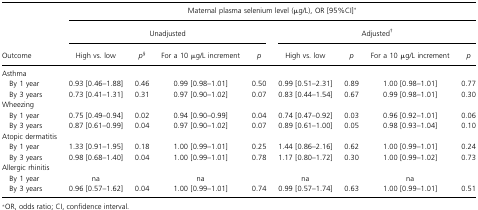
<table><thead><tr><td></td><td colspan="8"><b>Maternal plasma selenium level (μg/L), OR [95%CI]*</b></td></tr><tr><td></td><td colspan="4"><b>Unadjusted</b></td><td colspan="4"><b>Adjusted<sup>†</sup></b></td></tr><tr><td><b>Outcome</b></td><td><b>High vs. low</b></td><td><b><i>p</i><sup>§</sup></b></td><td><b>For a 10 μg/L increment</b></td><td><b><i>p</i></b></td><td><b>High vs. low</b></td><td><b><i>p</i></b></td><td><b>For a 10 μg/L increment</b></td><td><b><i>p</i></b></td></tr></thead><tbody><tr><td>Asthma</td><td></td><td></td><td></td><td></td><td></td><td></td><td></td><td></td></tr><tr><td>By 1 year</td><td>0.93 [0.46–1.88]</td><td>0.46</td><td>0.99 [0.98–1.01]</td><td>0.50</td><td>0.99 [0.51–2.31]</td><td>0.89</td><td>1.00 [0.98–1.01]</td><td>0.77</td></tr><tr><td>By 3 years</td><td>0.73 [0.41–1.31]</td><td>0.31</td><td>0.97 [0.90–1.02]</td><td>0.07</td><td>0.83 [0.44–1.54]</td><td>0.67</td><td>0.99 [0.98–1.01]</td><td>0.30</td></tr><tr><td>Wheezing</td><td></td><td></td><td></td><td></td><td></td><td></td><td></td><td></td></tr><tr><td>By 1 year</td><td>0.75 [0.49–0.94]</td><td>0.02</td><td>0.94 [0.90–0.99]</td><td>0.04</td><td>0.74 [0.47–0.92]</td><td>0.03</td><td>0.96 [0.92–1.01]</td><td>0.06</td></tr><tr><td>By 3 years</td><td>0.87 [0.61–0.99]</td><td>0.04</td><td>0.97 [0.90–1.02]</td><td>0.07</td><td>0.89 [0.61–1.00]</td><td>0.05</td><td>0.98 [0.93–1.04]</td><td>0.10</td></tr><tr><td>Atopic dermatitis</td><td></td><td></td><td></td><td></td><td></td><td></td><td></td><td></td></tr><tr><td>By 1 year</td><td>1.33 [0.91–1.95]</td><td>0.18</td><td>1.00 [0.99–1.01]</td><td>0.25</td><td>1.44 [0.86–2.16]</td><td>0.62</td><td>1.00 [0.99–1.01]</td><td>0.24</td></tr><tr><td>By 3 years</td><td>0.98 [0.68–1.40]</td><td>0.04</td><td>1.00 [0.99–1.01]</td><td>0.78</td><td>1.17 [0.80–1.72]</td><td>0.30</td><td>1.00 [0.99–1.02]</td><td>0.73</td></tr><tr><td>Allergic rhinitis</td><td></td><td></td><td></td><td></td><td></td><td></td><td></td><td></td></tr><tr><td>By 1 year</td><td>na</td><td></td><td>na</td><td></td><td>na</td><td></td><td>na</td><td></td></tr><tr><td>By 3 years</td><td>0.96 [0.57–1.62]</td><td>0.04</td><td>1.00 [0.99–1.01]</td><td>0.74</td><td>0.99 [0.57–1.74]</td><td>0.63</td><td>1.00 [0.99–1.01]</td><td>0.51</td></tr></tbody></table>